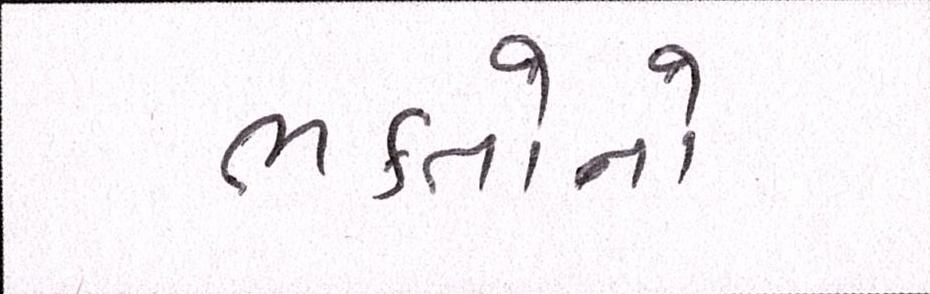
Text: ભક્તોનો